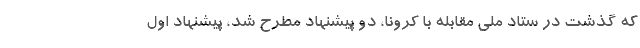
که گذشت در ستاد ملی مقابله با کرونا، دو پیشنهاد مطرح شد، پیشنهاد اول